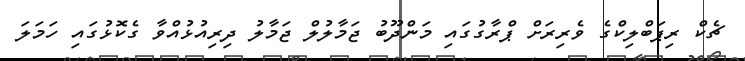
ޗެކް ރިޕަބްލިކްގެ ވެރިރަށް ޕްރާގުގައި މަންދޫބު ޖަމާލުލް ޖަމާލު ދިރިއުޅުއްވާ ގެކޮޅުގައި ހަމަލަ